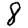
Digit: 8